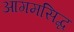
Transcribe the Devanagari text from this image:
आगमसिद्ध